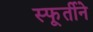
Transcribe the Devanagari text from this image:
स्फूर्तीने